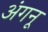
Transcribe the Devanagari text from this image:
अंगनू